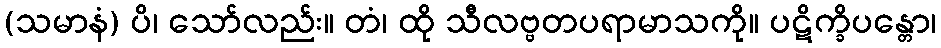
(သမာနံ) ပိ၊ သော်လည်း။ တံ၊ ထို သီလဗ္ဗတပရာမာသကို။ ပဋိက္ခိပန္တော၊